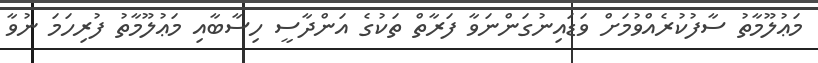
މަޢުލޫމާތު ސާފުކުރެއްވުމަށް ވަޑައިނުގަންނަވާ ފަރާތް ތަކުގެ އަންދާސީ ހިސާބާއި މަޢުލޫމާތު ފުރިހަމަ ނުވާ